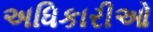
અધિકારીઓ